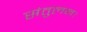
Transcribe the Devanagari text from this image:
संतुलन।